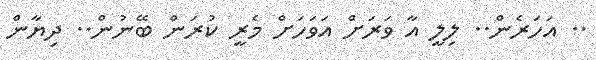
.. އަހަރެން.. ލިލީ އާ ވަރަށް އަވަހަށް މެރީ ކުރަން ބޭނުން.. ދިޔާން